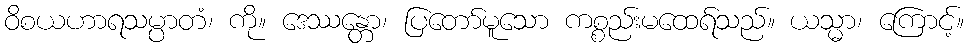
ဝိစယဟာရသမ္ပာတံ၊ ကို။ ဒေဿန္တော၊ ပြတော်မူသော ကစ္စည်းမထေရ်သည်။ ယသ္မာ၊ ကြောင့်။